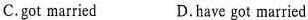
C.got married D.have got married